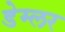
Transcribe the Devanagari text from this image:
डेम्लर